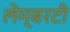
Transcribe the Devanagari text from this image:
लेम्बरटी